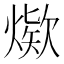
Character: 𰟖